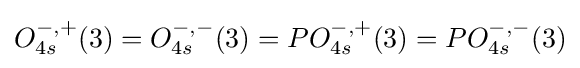
O_{4s}^{-,+}(3)=O_{4s}^{-,-}(3)=PO_{4s}^{-,+}(3)=PO_{4s}^{-,-}(3)